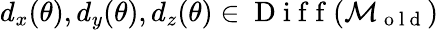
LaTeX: d_{x}(\theta),d_{y}(\theta),d_{z}(\theta)\in\mathrm{~D~i~f~f~}(\mathcal{M}_{\mathrm{~o~l~d~}})